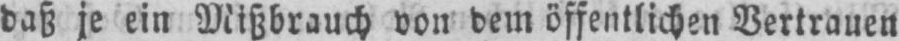
daß je ein Mißbrauch von dem öffentlichen Vertrauen